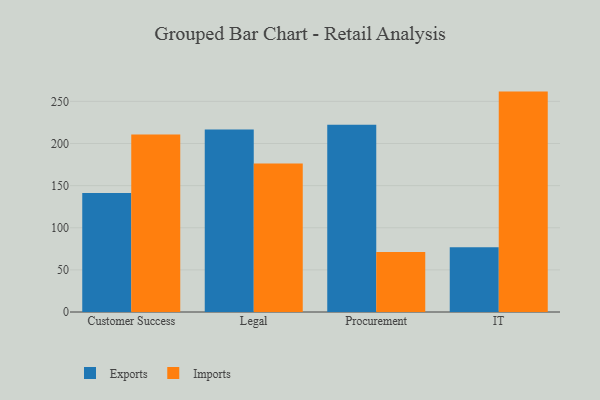
{"axis": {"x": "Department", "y": "Inventory Turnover"}, "legend": ["Exports", "Imports"], "data": [{"x": "Customer Success", "y": 141.3, "type": "Exports"}, {"x": "Customer Success", "y": 210.7, "type": "Imports"}, {"x": "Legal", "y": 216.5, "type": "Exports"}, {"x": "Legal", "y": 176.2, "type": "Imports"}, {"x": "Procurement", "y": 222.2, "type": "Exports"}, {"x": "Procurement", "y": 71.3, "type": "Imports"}, {"x": "IT", "y": 77.0, "type": "Exports"}, {"x": "IT", "y": 261.6, "type": "Imports"}]}